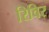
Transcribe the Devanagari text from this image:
रिविर